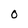
Character: O